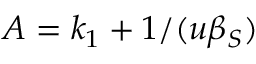
A = k _ { 1 } + 1 / ( u \beta _ { S } )